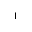
_ { 1 }